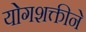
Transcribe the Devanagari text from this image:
योगशक्तीने